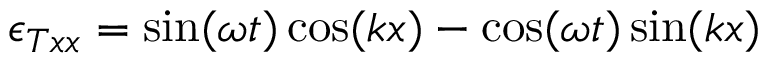
\epsilon _ { T x x } = \sin ( \omega t ) \cos ( k x ) - \cos ( \omega t ) \sin ( k x )